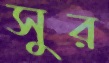
সুর